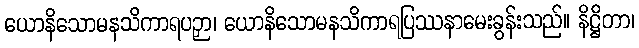
ယောနိသောမနသိကာရပဉှာ၊ ယောနိသောမနသိကာရပြဿနာမေးခွန်းသည်။ နိဋ္ဌိတာ၊